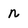
Character: n